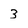
Character: 3